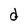
Character: d